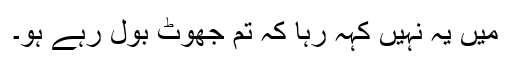
میں یہ نہیں کہہ رہا کہ تم جھوٹ بول رہے ہو۔